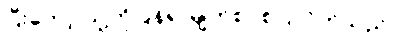
ပြီးတော့ သူ့ကိုပြန်၍ မျက်စပစ်ပြလိုက်သည်။